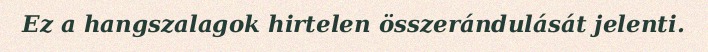
Ez a hangszalagok hirtelen összerándulását jelenti.